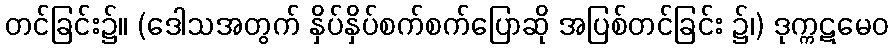
တင်ခြင်း၌။ (ဒေါသအတွက် နှိပ်နှိပ်စက်စက်ပြောဆို အပြစ်တင်ခြင်း ၌၊) ဒုက္ကဋမေဝ